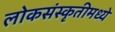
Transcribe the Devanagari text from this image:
लोकसंस्कृतीमध्ये